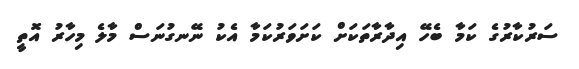
ސަރުކާރުގެ ކަމާ ބެހޭ އިދާރާތަކަށް ކަށަވަރުކަމާ އެކު ނޭނގުނަސް މާލެ މިހާރު އޮތީ